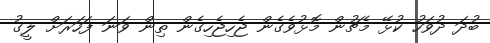
ބުދަ ދުވަހު ކުޅޭ މެޗުން މޮޅުވެގެން ޖެހިޖެހިގެން ތިން ވަނަ ފަހަރަށް ލީގު